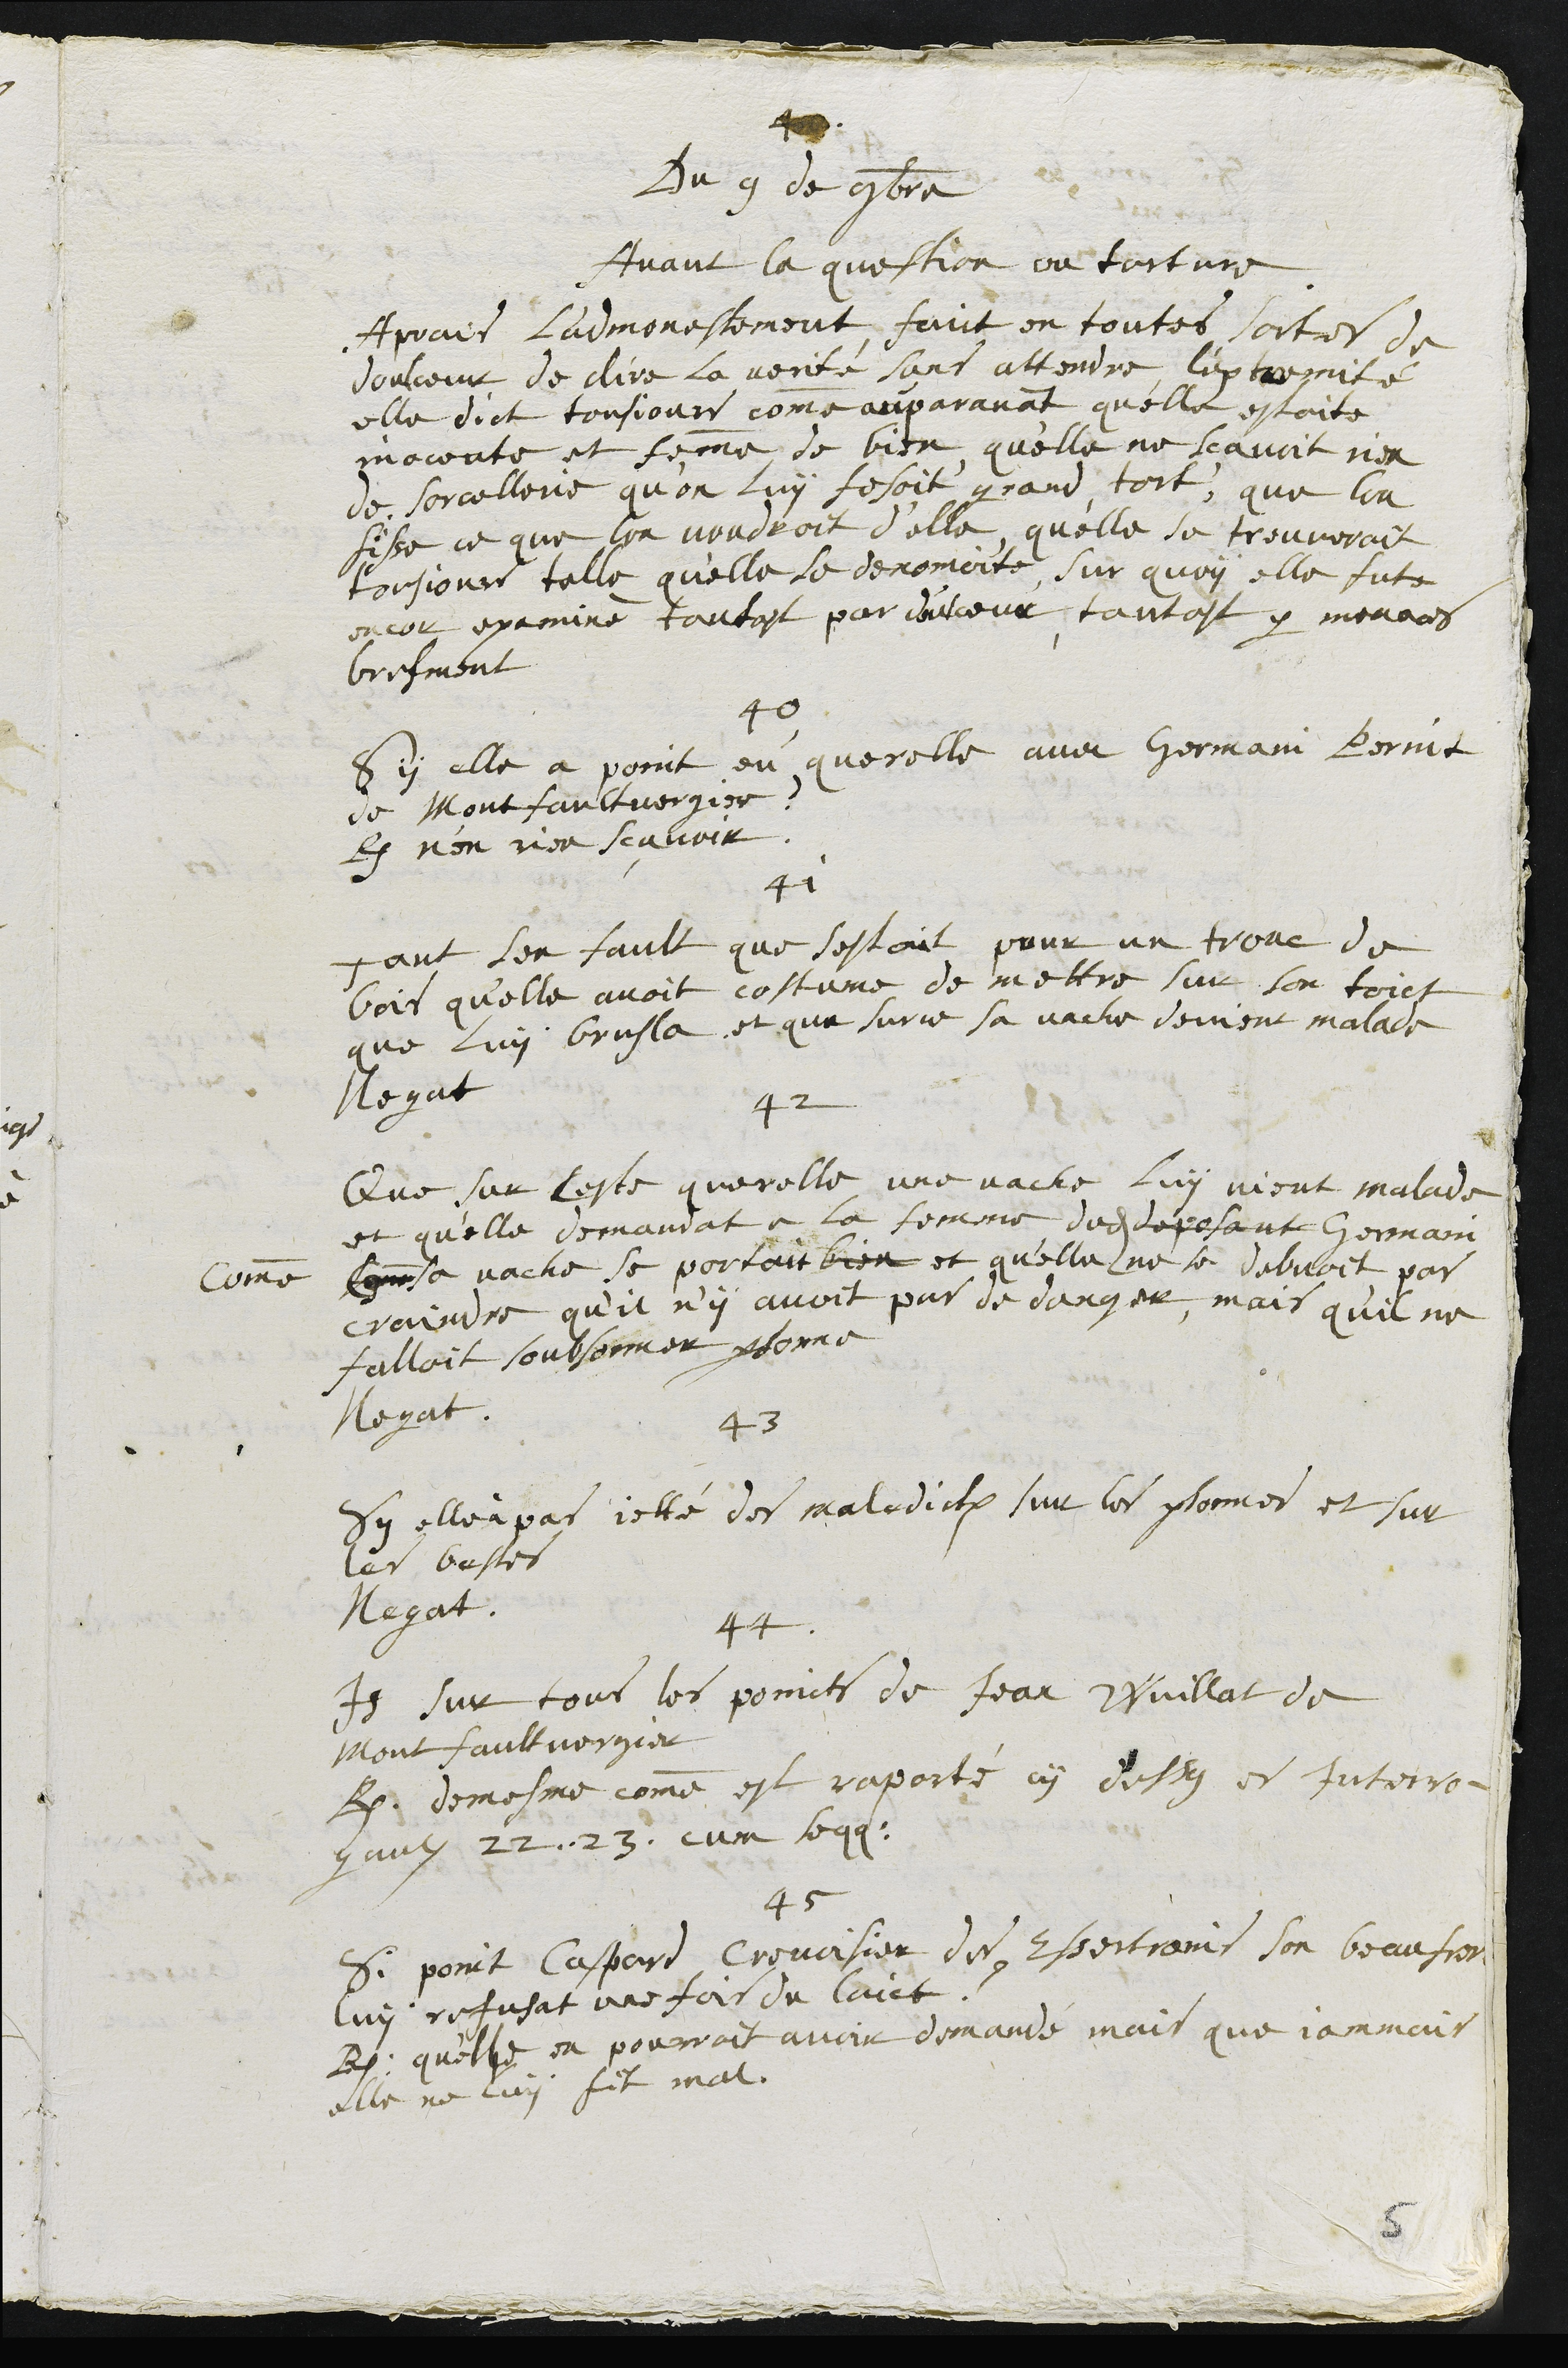
4
Du 9 de 9bre
Avant la question ou torture
Aprais l'admonestement faict en toutes sortes de
doulceur de dire la verité sans attendre l'extremité
elle dict tousjours comme auparavant qu'elle estoite
inocente et femme de bien, quelle ne scavoit rien
de sorcellerie qu’on luy fesoit grand tort, que lon
fisse ce que lon voudroit d'elle qu'elle se trouveroit
tousjours telle qu'elle se denomoite, sur quoy elle fut
encor examiné tantost par doulceur, tantost par menaces
brefment
40
Sy elle a point eu querelle avec Germain Bornit
de Montfaultvergier ?
R. n'en rien scavoir
41
Tant sen fault que sestoit pour un tronc de
bois quelle avoit costume de mettre sur son toict
que luy brusla et que surce sa vache devint malade
Negat
42
Que sur ceste querelle une vache luy vient malade
et qu'elle demandat à la femme dudit deposant Germain
comme Com sa vache se portoit bien et quelle ne se debvoit pas
craindre qu'il n’y avoit pas de danger, mais quil ne
falloit soubsonner personne
Negat.
43
Sy elle à pas jetté des maledictions sur les personnes et sur
les bestes
Negat.
44
Item sur tous les poincts de Jean Wuillat de
Montfaultvergier
R. demesme comme est raporté cy dessus et interro¬
gaulx 22. 23. cum sequentibus.
45
Si point Caspard Crevoisier des Essertrains son beau frere
luy refusat une fois du lait ?
R. quelle en pourroit avoir demandé mais que jammais
elle ne luy fit mal
5